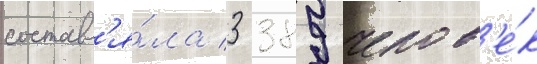
составл'я́ла 3 389 челов'е́к